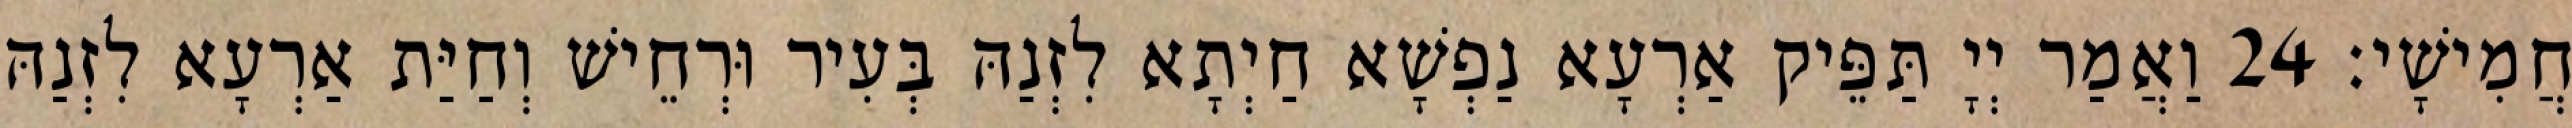
חֲמִישָׁי׃ 24 וַאֲמַר יְיָ תַּפֵּיק אַרְעָא נַפְשָׁא חַיְתָא לִזְנַהּ בְּעִיר וּרְחֵישׁ וְחַיַּת אַרְעָא לִזְנַהּ